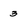
Character: 3